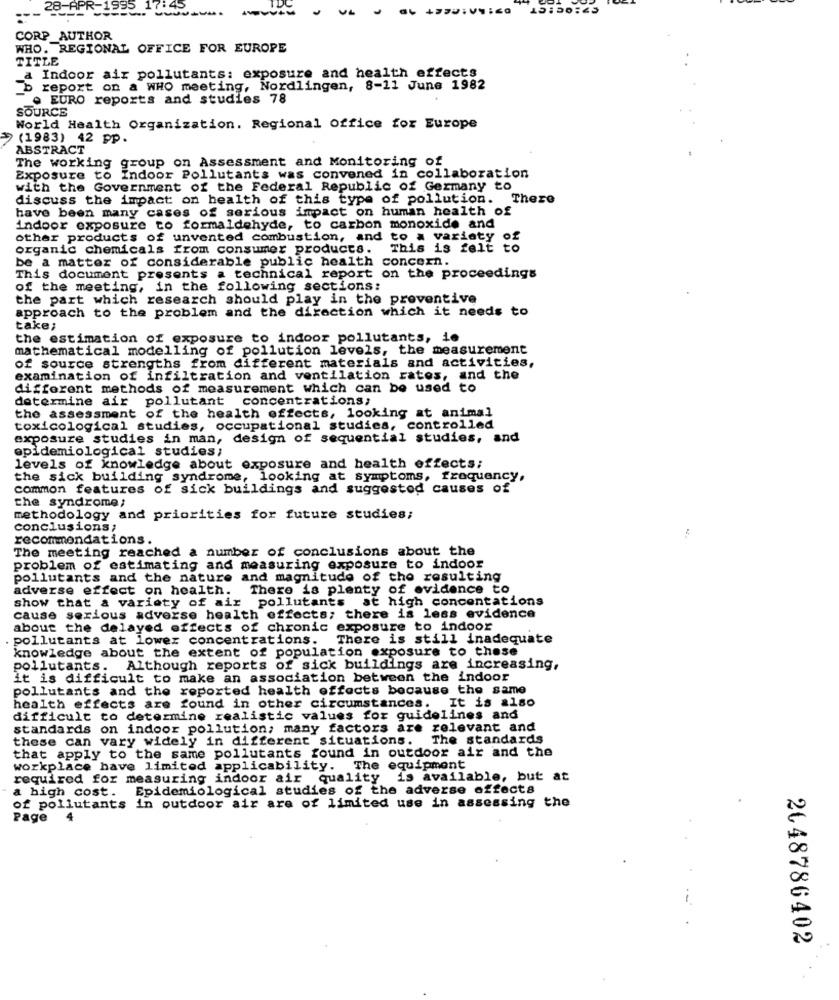
----
15:50:45
CORP_AUTHOR
WHO. REGIONAL OFFICE FOR EUROPE
TITLE
_a Indoor air pollutants: exposure and health effects
b report on a WHO meeting, Nordlingen, 8-11 June 1982
. EURO reports and studies 78
SOURCE
World Health Organization. Regional Office for Europe
(1983) 42 pp.
ABSTRACT
The working group on Assessment and Monitoring of
Exposure to Indoor Pollutants was convened in collaboration
with the Government of the Federal Republic of Germany to
discuss the impact on health of this type of pollution. There
have been many cases of serious impact on human health of
indoor exposure to formaldehyde, to carbon monoxide and
other products of unvented combustion, and to a variety of
organic chemicals from consumer products.
This is felt to
be a matter of considerable public health concern.
This document presents a technical report on the proceedings
of the meeting, in the following sections:
the part which research should play in the preventive
approach to the problem and the direction which it needs to
take;
the estimation of exposure to indoor pollutants, ie
mathematical modelling of pollution levels, the measurement
of source strengths from different materials and activities,
examination of infiltration and ventilation rates, and the
different methods of measurement which can be used to
determine air pollutant concentrations;
the assessment of the health effects, looking at animal
toxicological studies, occupational studies, controlled
exposure studies in man, design of sequential studies, and
epidemiological studies;
levels of knowledge about exposure and health effects;
the sick building syndrome, looking at symptoms, frequency,
common features of sick buildings and suggested causes of
the syndrome;
methodology and priorities for future studies;
conclusions;
recommendations.
The meeting reached a number of conclusions about the
problem of estimating and measuring exposure to indoor
pollutants and the nature and magnitude of the resulting
adverse effect on health.
There is plenty of evidence to
show that a variety of air pollutants at high concentations
cause serious adverse health effects; there is less evidence
about the delayed effects of chronic exposure to indoor
pollutants at lower concentrations.
There is still inadequate
knowledge about the extent of population exposure to these
pollutants.
Although reports of sick buildings are increasing,
it is difficult to make an association between the indoor
pollutants and the reported health effects because the same
health effects are found in other circumstances. It is also
difficult to determine realistic values for guidelines and
standards on indoor pollution, many factors are relevant and
these can vary widely in different situations. The standards
that apply to the same pollutants found in outdoor air and the
workplace have limited applicability. The equipment
required for measuring indoor air quality is available, but at
Epidemiological studies of the adverse effects
of pollutants in outdoor air are of limited use in assessing the
a high cost.
Page
4
2048786402